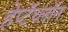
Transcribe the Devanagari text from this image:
हेप्टॅथ्‍लॉन